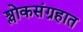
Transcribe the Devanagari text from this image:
श्लोकसंग्रहात